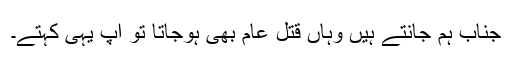
جناب ہم جانتے ہیں وہاں قتل عام بھی ہوجاتا تو آپ یہی کہتے۔